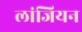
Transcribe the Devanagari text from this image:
लांजियन